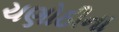
ચણોઠીના